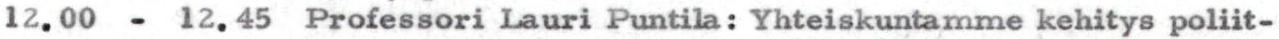
12.00 - 12.45 Professori Lauri Puntila: Yhteiskuntamme kehitys poliit-